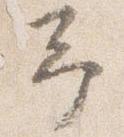
予